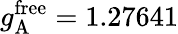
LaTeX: g_{\mathrm{A}}^{\mathrm{free}}=1.27641